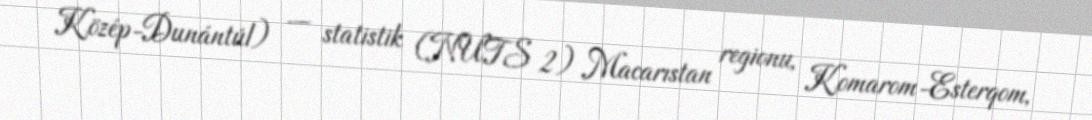
Közép-Dunántúl) — statistik (NUTS 2) Macarıstan regionu, Komarom-Esterqom,